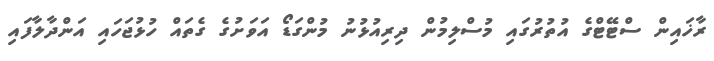
ރާޚައިން ސްޓޭޓްގެ އުތުރުގައި މުސްލިމުން ދިރިއުޅުނު މުންގަޑޯ އަވަށުގެ ގެތައް ހުޅުޖަހައި އަންދާލާފައި